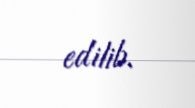
edilib.